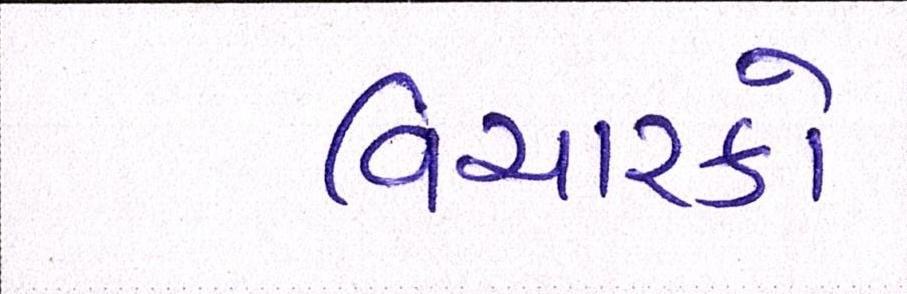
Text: વિચારકો